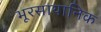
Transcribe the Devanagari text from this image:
भूरसायानिक